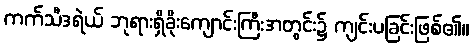
ကက်သီဒရဲယ် ဘုရားရှိခိုးကျောင်းကြီးအတွင်း၌ ကျင်းပခြင်းဖြစ်၏။